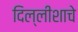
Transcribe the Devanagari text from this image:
दिल्लीशाचे